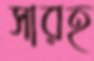
সারহ